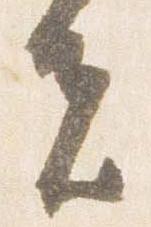
夫